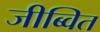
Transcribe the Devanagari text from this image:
जीब्वित